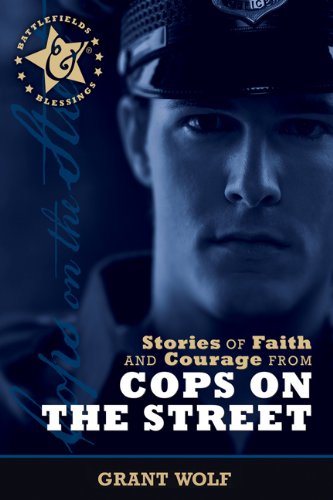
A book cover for Stories of Faith and Courage from Cops on the Street (Battlefields & Blessings); Carman Grant Wolf; Biographies & Memoirs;